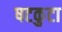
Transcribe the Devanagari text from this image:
षटकुटा